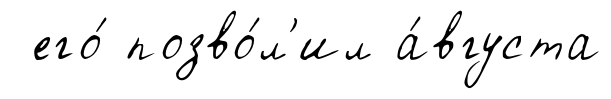
его́ позво́л'ил а́вгуста